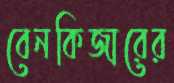
বেনকিজারের